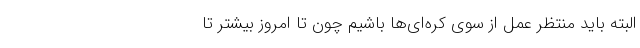
البته باید منتظر عمل از سوی کره‌ای‌ها باشیم چون تا امروز بیشتر تا